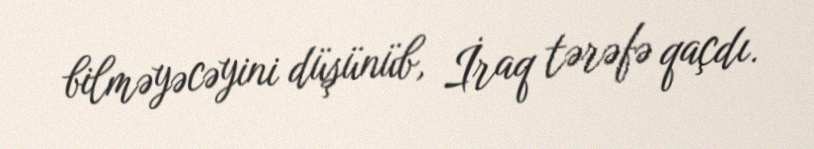
bilməyəcəyini düşünüb, İraq tərəfə qaçdı.